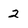
Character: 2